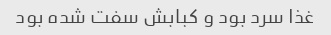
غذا سرد بود و کبابش سفت شده بود